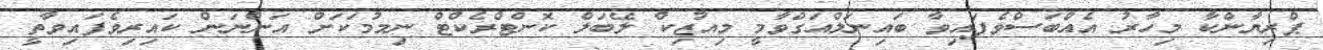
ޕްރިޔާންކާ މިހާރު އެއްބަސްވެފައިވާ ބައިނަލްއަގްވާމީ މިއުޒިކް ލޭބަލް ކޮންޓްރެކްޓް ނިމުމަކަށް އަންނަން ކައިރިވެފައިވާތީ